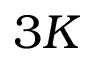
3 K